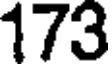
173